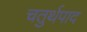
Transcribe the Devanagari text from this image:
चतुर्थपाद